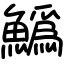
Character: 𩻟